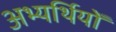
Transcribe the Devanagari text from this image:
अभ्यर्थियोँ